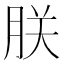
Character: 朕